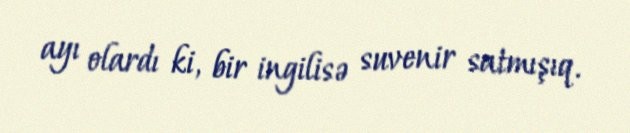
ayı olardı ki, bir ingilisə suvenir satmışıq.